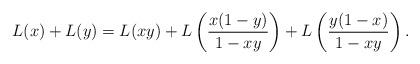
LaTeX: \begin{align*} L(x) + L(y) = L(xy) + L\left(\frac{x (1-y)}{1-xy}\right) + L\left(\frac{y (1-x)}{1-xy}\right).\end{align*}